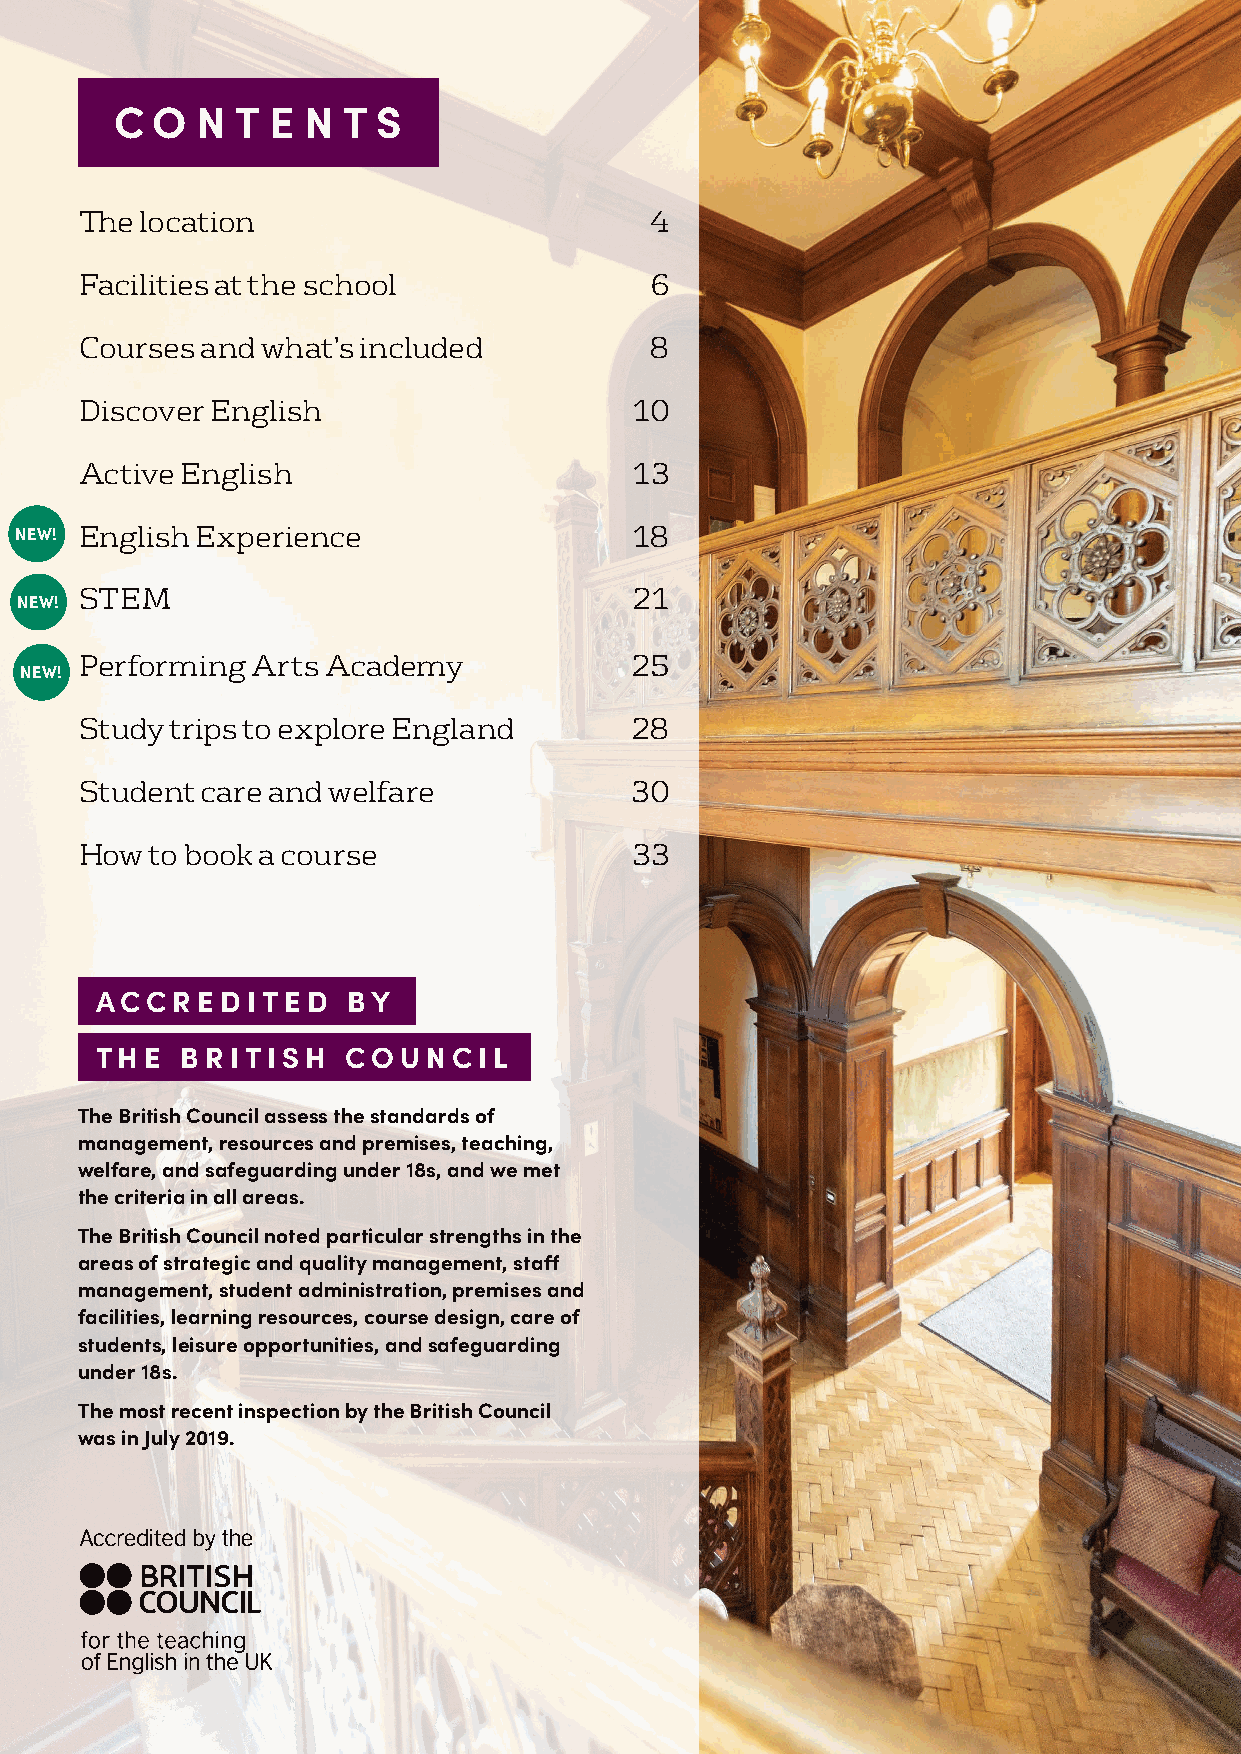
C O  N  T E N  T S
 The location                          4
 Facilities at the school              6
 Courses and what’s included           8
 Discover English                     10
 Active English                       13
 NEW! English Experience                  18
 STEM                                 21
 NEW!
 Performing  Arts Academy             25
 NEW!
 Study trips to explore England       28
 Student care and welfare             30
 How  to book a course                33
 ACCREDITED       BY
 THE   BRITISH    COUNCIL
 The British Council assess the standards of
 management, resources and premises, teaching,
 welfare, and safeguarding under 18s, and we met
 the criteria in all areas.
 The British Council noted particular strengths in the
 areas of strategic and quality management, staff
 management, student administration, premises and
 facilities, learning resources, course design, care of
 students, leisure opportunities, and safeguarding
 under 18s.
 The most recent inspection by the British Council
 was in July 2019.
 3  visit ihlondon.com | call +44 (0)20 7611 2400 | email sales@ihlondon.com